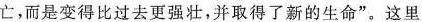
亡，而是变得比过去更强壮，并取得了新的生命”。这里